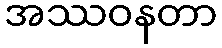
အဿဝနတာ